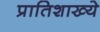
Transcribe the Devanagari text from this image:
प्रातिशाख्ये